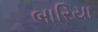
બારિયા